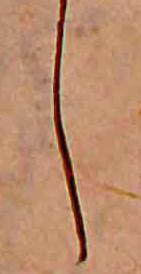
し